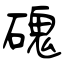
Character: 磈